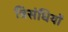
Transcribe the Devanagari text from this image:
त्रिसंधियों